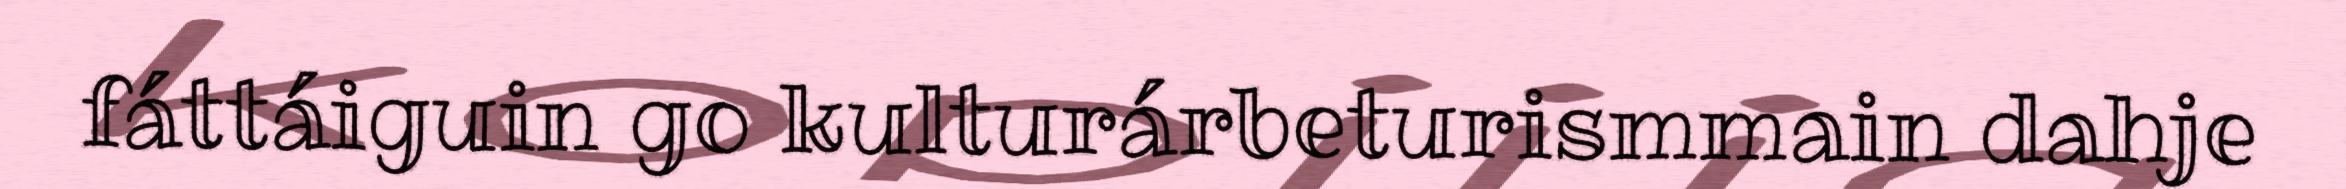
fáttáiguin go kulturárbeturismmain dahje